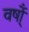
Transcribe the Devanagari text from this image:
वर्षो्ं